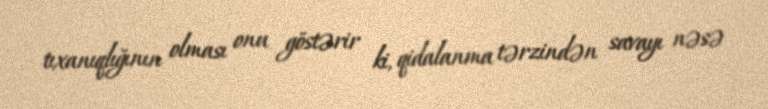
tıxanıqlığının olması onu göstərir ki, qidalanma tərzindən savayı nəsə